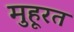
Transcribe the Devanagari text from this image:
मुहूरत